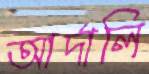
আর্দালি